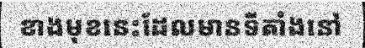
ខាងមុខនេះដែលមានទីតាំងនៅ